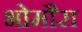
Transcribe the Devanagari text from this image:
भोमौरा